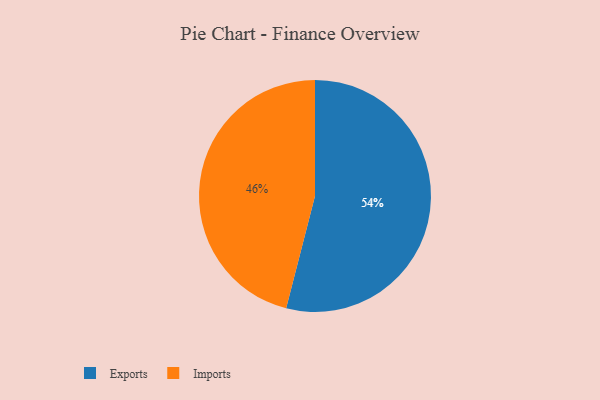
{"axis": {"x": "Category", "y": "Percentage"}, "legend": ["Exports", "Imports"], "data": [{"x": "Exports", "y": 54, "type": "Exports"}, {"x": "Imports", "y": 46, "type": "Imports"}]}